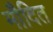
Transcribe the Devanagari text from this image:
मौदित